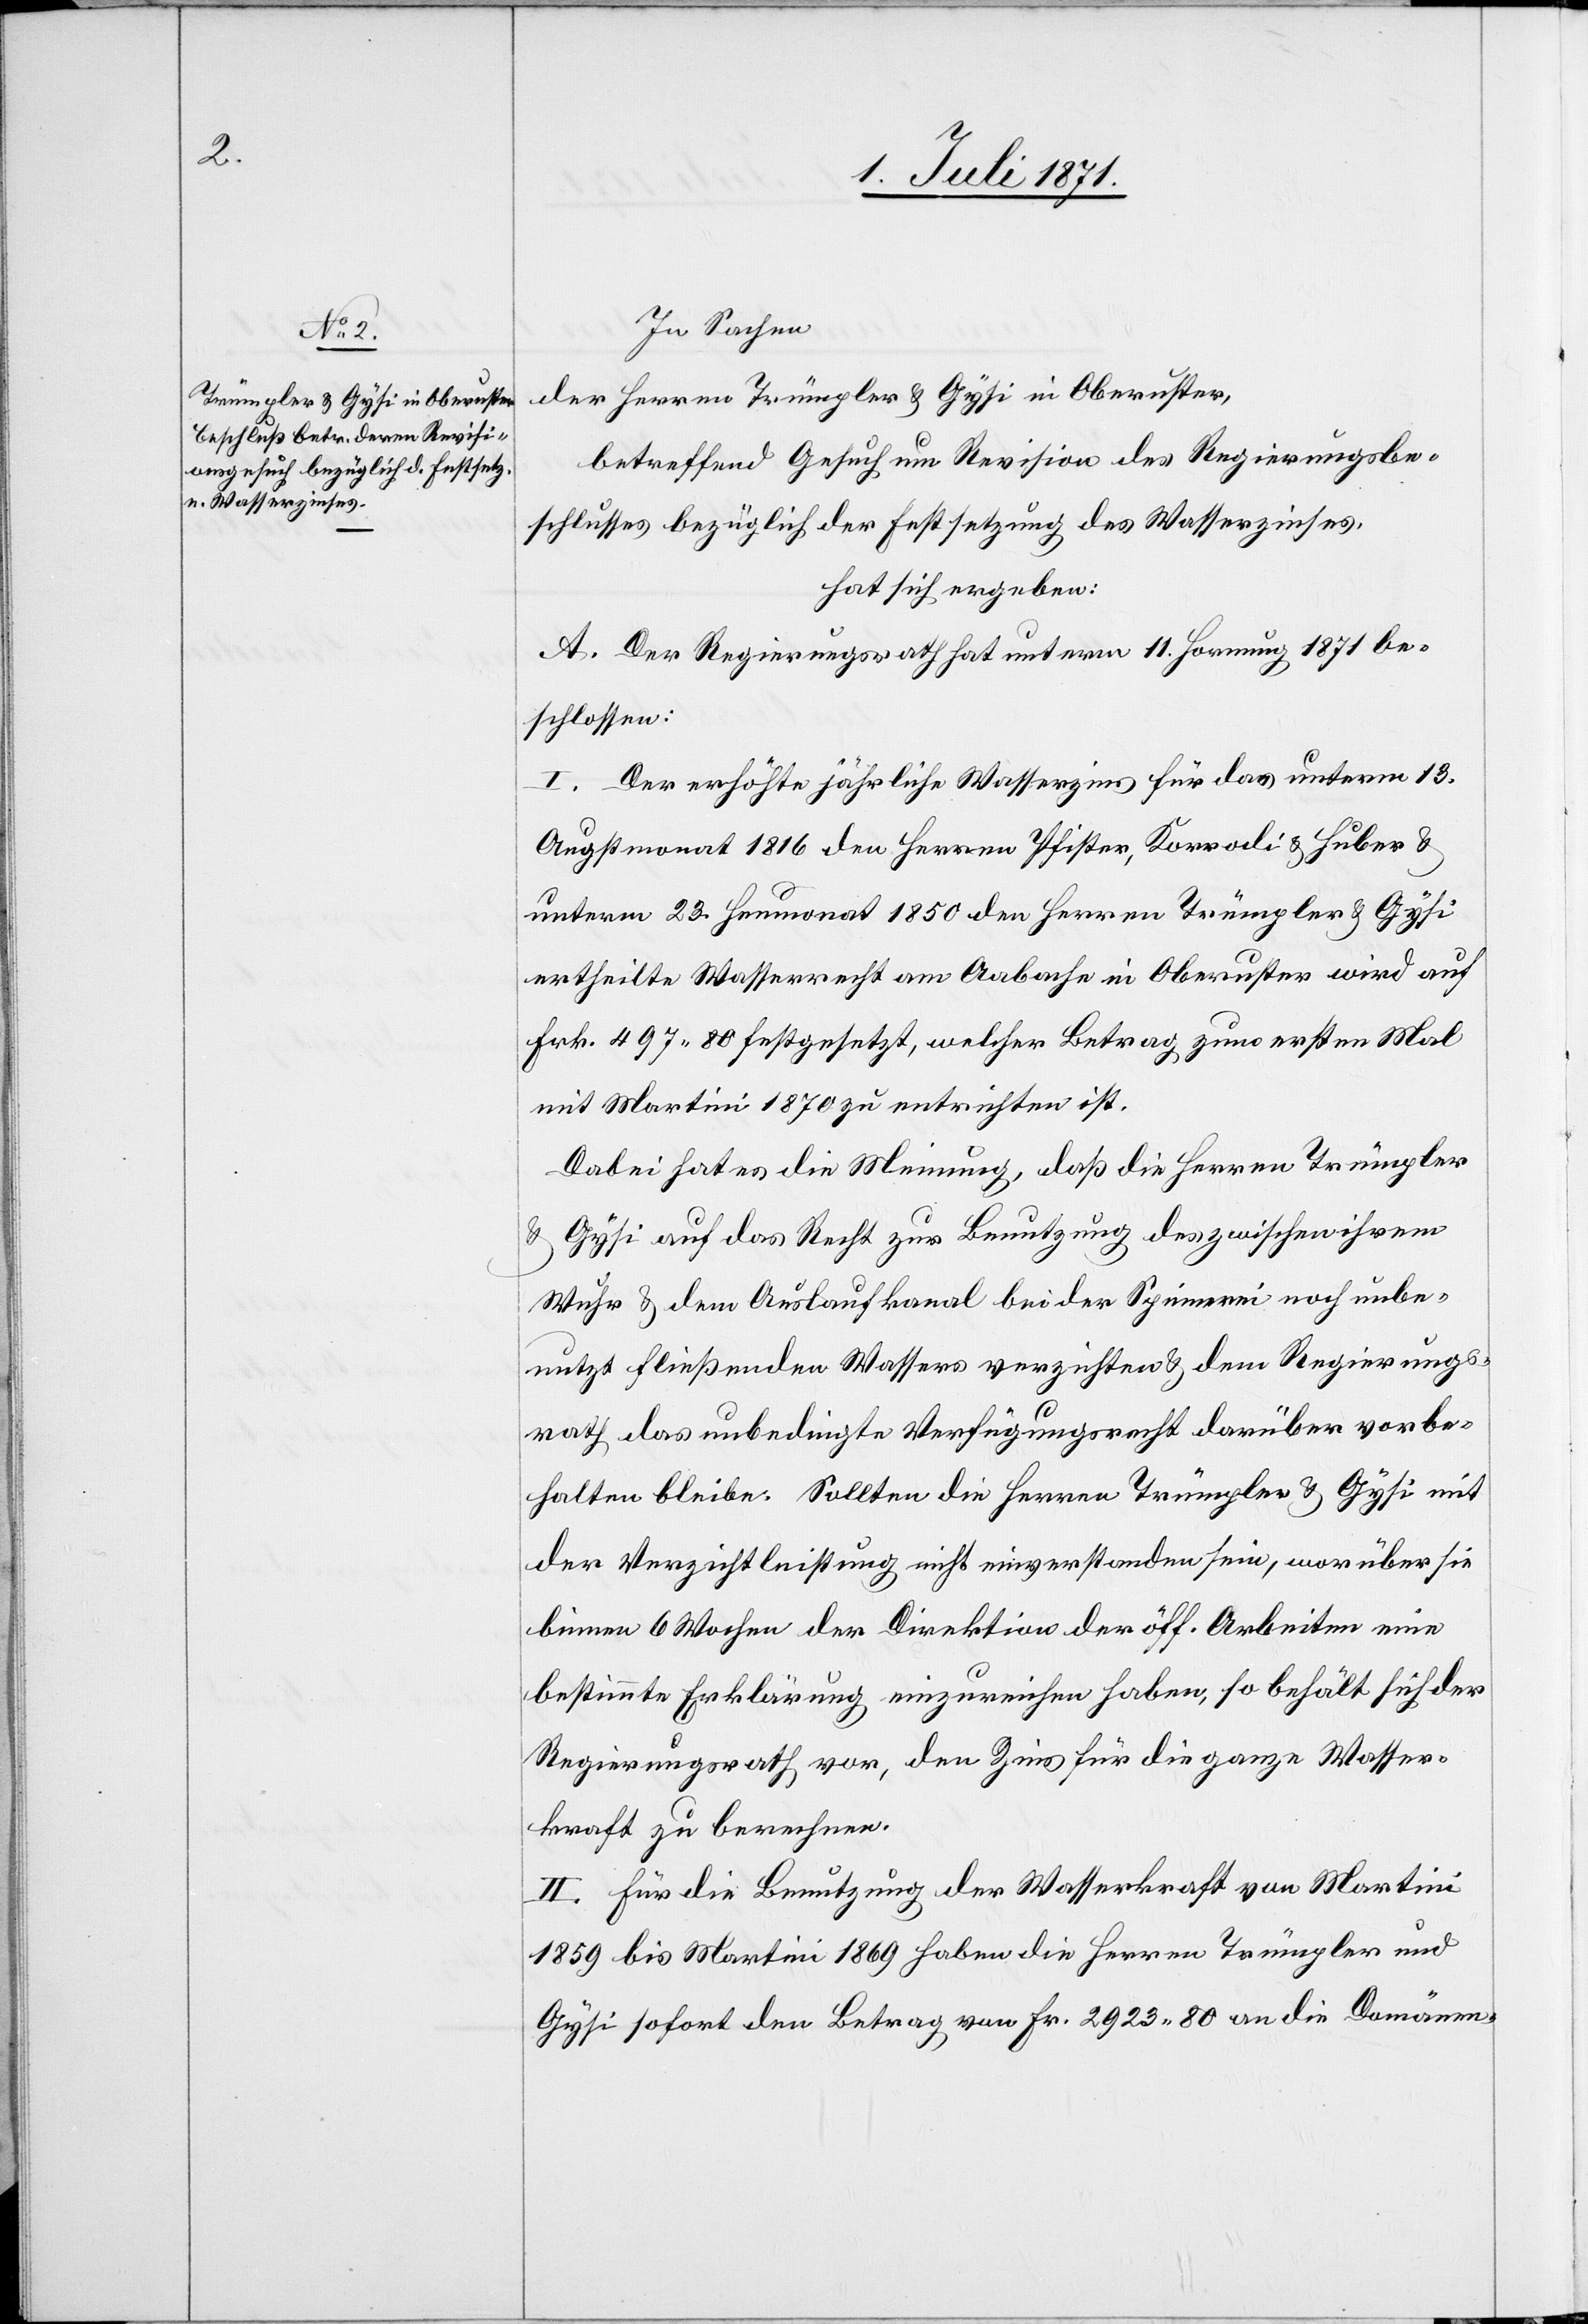
In Sachen
der Herren Trümpler u. Gysi in Oberuster,
betreffend Gesuch um Revision des Regierungsbe¬
schlusses bezüglich der Festsetzung des Wasserzinses,
hat sich ergeben:
A. Der Regierungsrath hat unterm 11. Hornung 1871 be¬
schlossen:
I. Der erhöhte jährliche Wasserzins für das unterm 13.
Augstmonat 1816 den Herren Pfister, Korrodi u. Huber u.
unterm 23. Heumonat 1850 den Herren Trümpler u. Gysi
ertheilte Wasserrecht am Aabache in Oberuster wird auf
Frk. 497.80 festgesetzt, welcher Betrag zum ersten Mal
mit Martini 1870 zu entrichten ist.
Dabei hat es die Meinung, daß die Herren Trümpler
u.
Gysi auf das Recht zur Benutzung des zwischen ihrem
Wuhr u. dem Auslaufkanal bei der Spinnerei noch unbe¬
nutzt fließenden Wassers verzichten u. dem Regierungs¬
rath das unbedingte Verfügungsrecht darüber vorbe¬
halten bleibe. Sollten die Herren Trümpler u. Gysi mit
der Verzichtleistung nicht einverstanden sein, worüber sie
binnen 6 Wochen der Direktion der öff. Arbeiten eine
bestimmte Erklärung einzureichen haben, so behält sich der
Regierungsrath vor, den Zins für die ganze Wasser¬
kraft zu berechnen.
II. Für die Benutzung der Wasserkraft von Martini
1859 bis Martini 1869 haben die Herren Trümpler und
Gysi sofort den Betrag von Fr. 2923.80 an die Domänen-